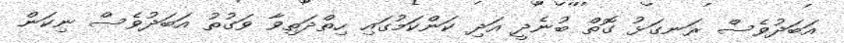
އަބަދުވެސް ރަނގަޅު ގޮތް ބުނެދީ އަދި ކަންކަމުގައި ހިތްދަތިވާ ވަގުތު އަބަދުވެސް ނިކަން